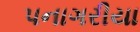
પનાગરીયા